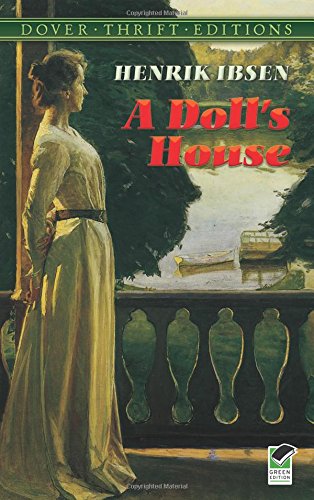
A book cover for A Doll's House (Dover Thrift Editions); Henrik Ibsen; Literature & Fiction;